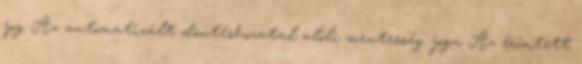
jog Az automatizált döntéshozatal alóli mentesség joga Az érintett